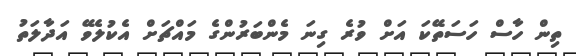
ތިން ހާސް ހަސަތޭކަ އަށް ވުރެ ގިނަ މެންބަރުންގެ މައްޗަށް އެކުލެވޭ އަދާލަތު